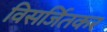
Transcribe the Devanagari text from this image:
विसर्जितकर